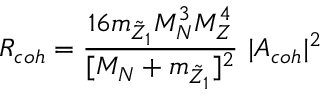
R _ { c o h } = { \frac { 1 6 m _ { \tilde { Z } _ { 1 } } M _ { N } ^ { 3 } M _ { Z } ^ { 4 } } { [ M _ { N } + m _ { \tilde { Z } _ { 1 } } ] ^ { 2 } } } ~ \vert A _ { c o h } \vert ^ { 2 }